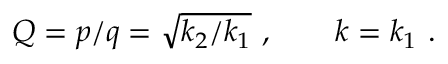
Q = p / q = \sqrt { k _ { 2 } / k _ { 1 } } \ , \ \ \ \ \ \ k = k _ { 1 } \ .